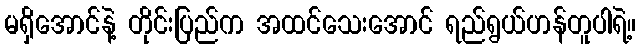
မရှိအောင်နဲ့ တိုင်းပြည်က အထင်သေးအောင် ရည်ရွယ်ဟန်တူပါရဲ့။